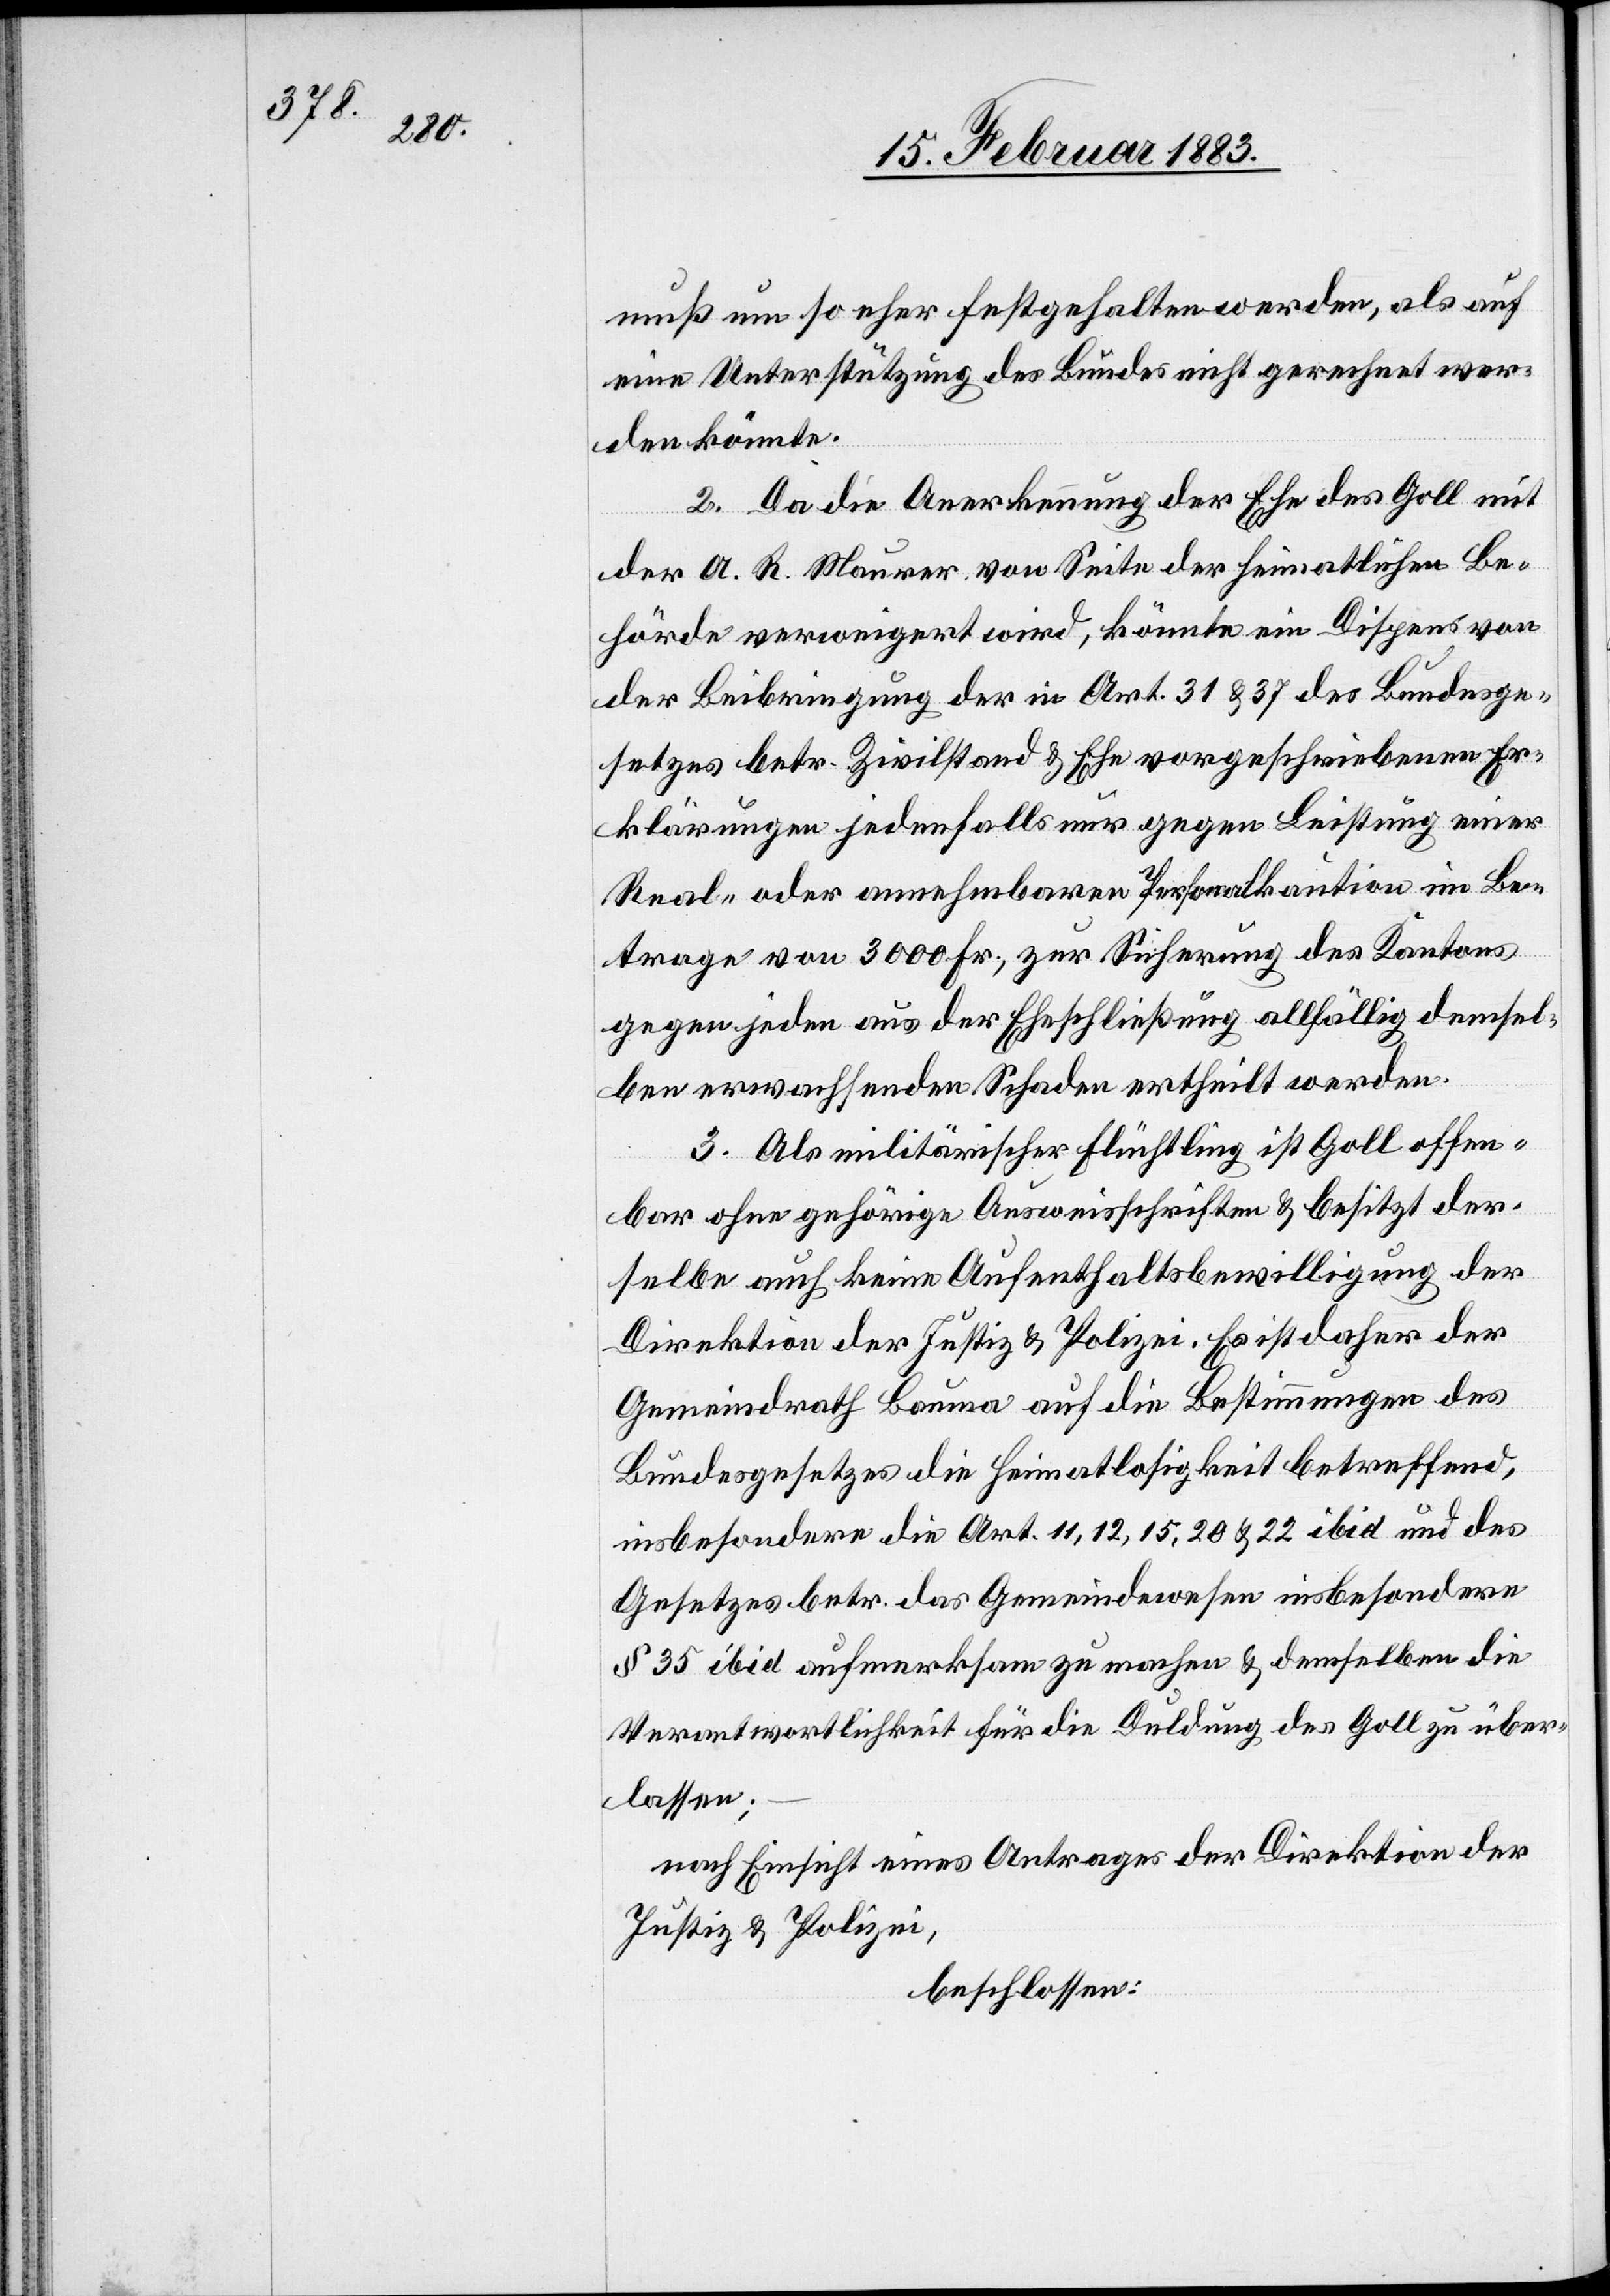
muß um so eher festgehalten werden, als auf
eine Unterstützung des Bundes nicht gerechnet wer¬
den könnte.
2. Da die Anerkennung der Ehe des Goll mit
der A. R. Maurer von Seite der heimatlichen Be¬
hörde verweigert wird, könnte ein Dispens von
der Beibringung der in Art. 31 & 37 des Bundesge¬
setzes betr. Zivilstand & Ehe vorgeschriebenen Er¬
klärungen jedenfalls nur gegen Leistung einer
Real- oder annehmbaren Personalkaution im Be¬
trage von 3000 Fr., zur Sicherung des Kantons
gegen jeden aus der Eheschließung allfällig demsel¬
ben erwachsenden Schaden ertheilt werden.
3. Als militärischer Flüchtling ist Goll offen¬
bar ohne gehörige Ausweisschriften & besitzt der¬
selbe auch keine Aufenthaltsbewilligung der
Direktion der Justiz & Polizei. Es ist daher der
Gemeindrath Bauma auf die Bestimmungen des
Bundesgesetzes die Heimatlosigkeit betreffend,
insbesondere die Art. 11, 12, 15, 20 & 22 ibid und des
Gesetzes betr. das Gemeindewesen insbesondere
§ 35 ibid aufmerksam zu machen & demselben die
Verantwortlichkeit für die Duldung des Goll zu über¬
lassen;
nach Einsicht eines Antrages der Direktion der
Justiz & Polizei,
beschlossen: